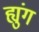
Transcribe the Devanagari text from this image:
ह्युंग